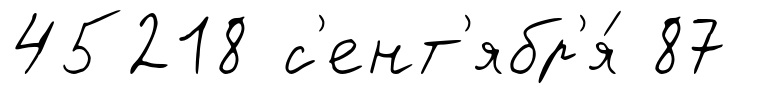
45218 с'ент'ябр'я́ 87